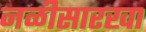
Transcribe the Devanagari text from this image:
नळीसारखा